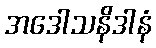
အဒေါသနိဒါနံ